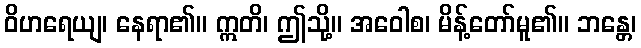
ဝိဟရေယျ၊ နေရာ၏။ ဣတိ၊ ဤသို့။ အဝေါစ၊ မိန့်တော်မူ၏။ ဘန္တေ၊